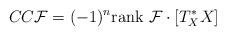
LaTeX: \begin{align*}CC{\cal F}=(-1)^n{\rm rank}\ {\cal F}\cdot [T^*_XX]\end{align*}